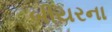
બીયરના